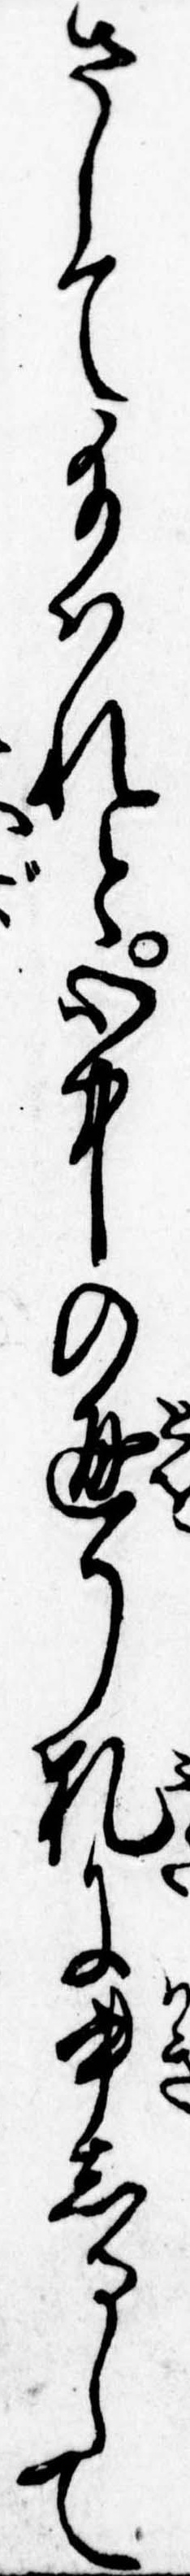
さして給はれと心中の通り札に書しるして